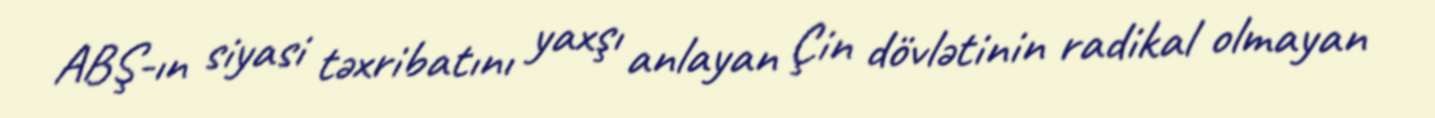
ABŞ-ın siyasi təxribatını yaxşı anlayan Çin dövlətinin radikal olmayan